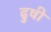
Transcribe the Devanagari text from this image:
ढुषी